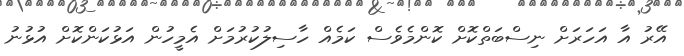
އޭރު އާ އަހަރަށް ނިސްބަތްކޮށް ކޮންމެވެސް ކަމެއް ހާސިލުކުރުމަށް އެމީހުން އަޅުކަންކޮށް އުޅުނު